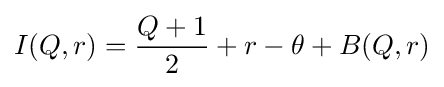
I(Q,r)={\frac {Q+1}{2}}+r-\theta +B(Q,r)